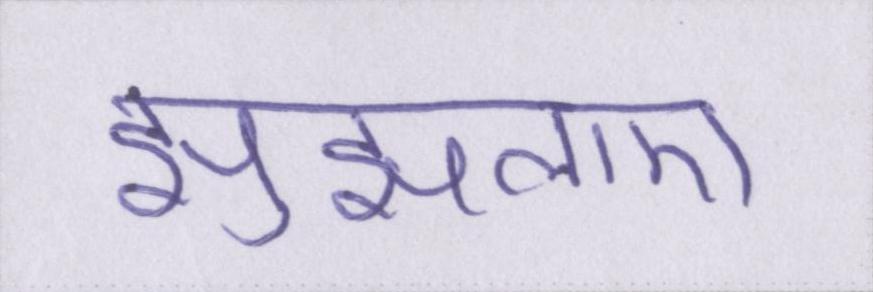
झुंझलाए